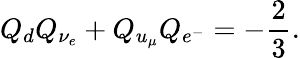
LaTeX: Q_{d}Q_{\nu_{e}}+Q_{u_{\mu}}Q_{e^{-}}=-{\frac{2}{3}}.